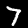
Label: 7